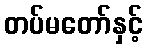
တပ်မတော်နှင့်